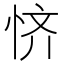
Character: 𫺊